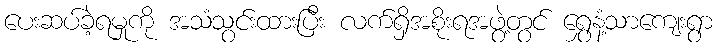
ပေးဆပ်ခဲ့ရမှုကို အသံသွင်းထားပြီး လက်ရှိအစိုးရအဖွဲ့တွင် ရွှေနံ့သာကျေးရွာ